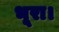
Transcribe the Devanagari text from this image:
भूरा।